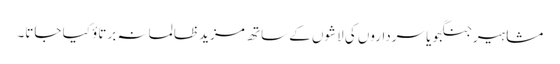
مشاہیر جنگجو یا سرداروں کی لاشوں کے ساتھ مزید ظالمانہ برتاؤ کیا جاتا۔